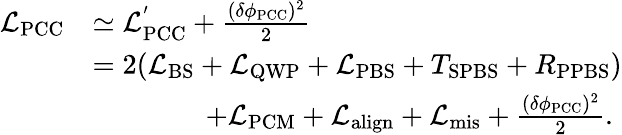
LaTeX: \begin{array}{rl}{\mathcal{L}_{\mathrm{PCC}}}&{\simeq\mathcal{L}_{\mathrm{PCC}}^{'}+\frac{(\delta\phi_{\mathrm{PCC}})^{2}}{2}}\\ &{=2(\mathcal{L}_{\mathrm{BS}}+\mathcal{L}_{\mathrm{QWP}}+\mathcal{L}_{\mathrm{PBS}}+T_{\mathrm{SPBS}}+R_{\mathrm{PPBS}})}\\ &{\qquad\qquad+\mathcal{L}_{\mathrm{PCM}}+\mathcal{L}_{\mathrm{align}}+\mathcal{L}_{\mathrm{mis}}+\frac{(\delta\phi_{\mathrm{PCC}})^{2}}{2}.}\end{array}